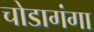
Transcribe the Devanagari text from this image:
चोडागंगा